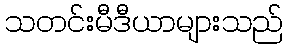
သတင်းမီဒီယာများသည်